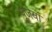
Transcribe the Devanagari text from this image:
पूजेया